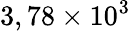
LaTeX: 3,78\times 10^{3}